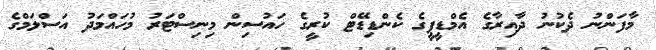
މާފަންނު ދެކުނު ދާއިރާގެ އެމްޑީޕީގެ ކެންޑިޑޭޓް ކުރީގެ ހައުސިން މިނިސްޓަރު މުހައްމަދު އަސްލަމްގެ